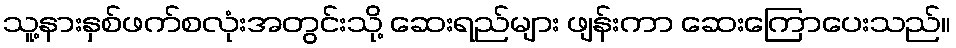
သူ့နားနှစ်ဖက်စလုံးအတွင်းသို့ ဆေးရည်များ ဖျန်းကာ ဆေးကြောပေးသည်။